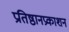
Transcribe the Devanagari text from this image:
प्रतिष्ठानप्रकाशन